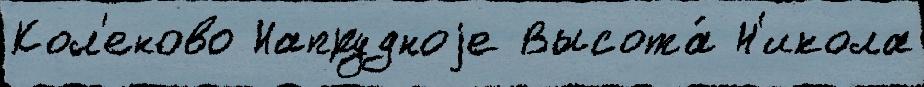
Кол'еново Напрудноjе Высота́ Н'икола